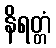
နိရတ္တံ